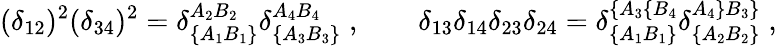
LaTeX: (\delta_{12})^{2}(\delta_{34})^{2}=\delta_{\{ A_{1}B_{1}\} }^{A_{2}B_{2}}\delta_{\{ A_{3}B_{3}\} }^{A_{4}B_{4}}\; ,\qquad\delta_{13}\delta_{14}\delta_{23}\delta_{24}=\delta_{\{ A_{1}B_{1}\} }^{\{ A_{3}\{ B_{4}}\delta_{\{ A_{2}B_{2}\} }^{A_{4}\} B_{3}\} }\; ,